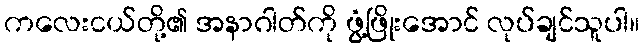
ကလေးငယ်တို့၏ အနာဂါတ်ကို ဖွံ့ဖြိုးအောင် လုပ်ချင်သူပါ။